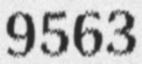
9563